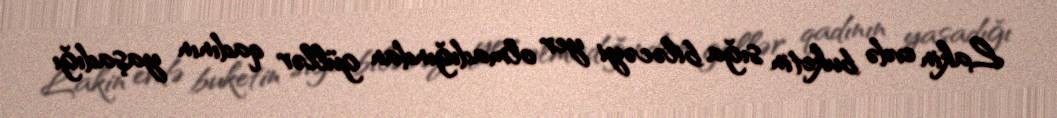
Lakin evdə buketin sığa biləcəyi yer olmadığından güllər qadının yaşadığı